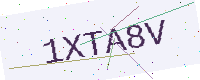
Text: 1XTA8V